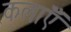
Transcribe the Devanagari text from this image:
कलाऍँ